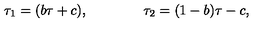
\tau _ { 1 } = ( b \tau + c ) , \qquad \qquad \tau _ { 2 } = ( 1 - b ) \tau - c ,